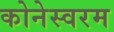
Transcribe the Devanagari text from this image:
कोनेस्वरम